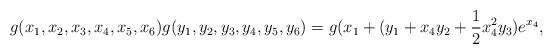
LaTeX: \begin{align*}g(x_1,x_2,x_3,x_4,x_5,x_6) g(y_1,y_2,y_3,y_4,y_5,y_6)=g(x_1+(y_1+x_4y_2+\frac{1}{2}x_4^{2}y_3)e^{x_4}, \end{align*}